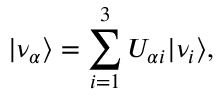
| \nu _ { \alpha } \rangle = \sum _ { i = 1 } ^ { 3 } U _ { \alpha i } | \nu _ { i } \rangle ,